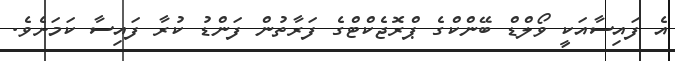
އެ ފައިސާއަކީ ވޯލްޑް ބޭންކްގެ ޕްރޮޖެކްޓްގެ ފަރާތުން ފަންޑު ކުރާ ފައިސާ ކަމަށެވެ.